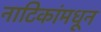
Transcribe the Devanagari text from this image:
नाटिकांमधून